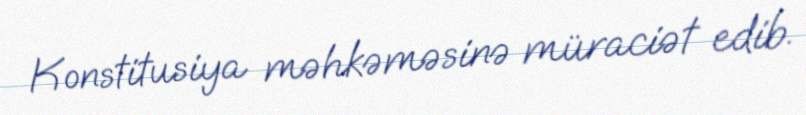
Konstitusiya məhkəməsinə müraciət edib.